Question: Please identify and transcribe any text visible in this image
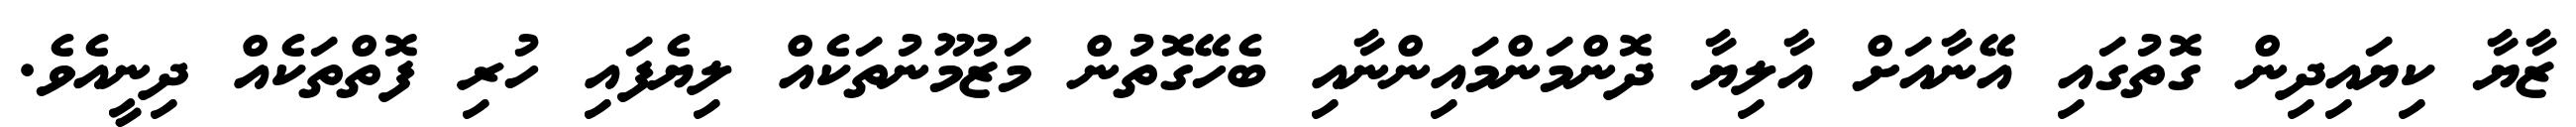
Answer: ޒާޔާ ކިޔައިދިން ގޮތުގައި އޭނާއަށް އާލިޔާ ދޮންމަންމައިންނާއި ބެހޭގޮތުން މަޒުމޫނުތަކެއް ލިޔެފައި ހުރި ފޮތްތަކެއް ދިނީއެވެ.